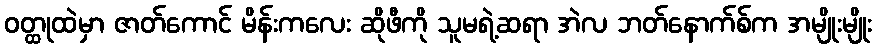
ဝတ္ထုထဲမှာ ဇာတ်ကောင် မိန်းကလေး ဆိုဖီကို သူမရဲ့ဆရာ အဲလ ဘတ်နောက်စ်က အမျိုးမျိုး